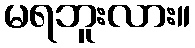
မရဘူးလား။